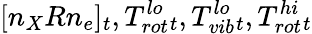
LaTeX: [n_{X}Rn_{e}]_{t},T_{rot}^{lo}{_t},T_{vib}^{lo}{_t},T_{rot}^{hi}{_t}